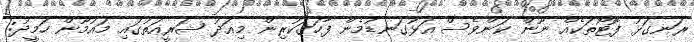
ރަނގަޅު ފޮޓޯތަކެއް ނޫން ކަންވެސް އަޅުގަނޑުމެން ފާހަގަކުރިން މިއަދު ޝަރީއަތުގައި މައުމޫން ހަމީދު: